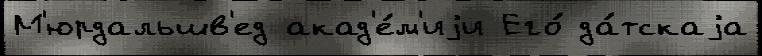
М'юрдальшв'ед акад'е́м'иjи Его́ да́тскаjа